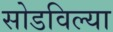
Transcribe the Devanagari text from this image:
सोडविल्या